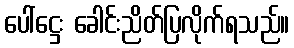
ပေါ်ဋ္ဌေး ခေါင်းညိတ်ပြလိုက်ရသည်။